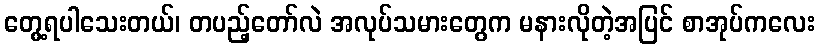
တွေ့ရပါသေးတယ်၊ တပည့်တော်လဲ အလုပ်သမားတွေက မနားလိုတဲ့အပြင် စာအုပ်ကလေး